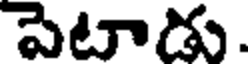
పెటాడు.